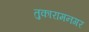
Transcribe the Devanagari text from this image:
तुकारामनगर